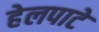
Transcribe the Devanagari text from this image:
हेलपाटे